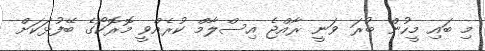
މި ބައި މީހުން ބުރަ ވަނީ ރާއްޖެ އިސްލާމް ކުރެއްވީ މޮރޮކޯގެ ބޭފުޅަކަށް